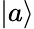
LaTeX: \vert a\rangle